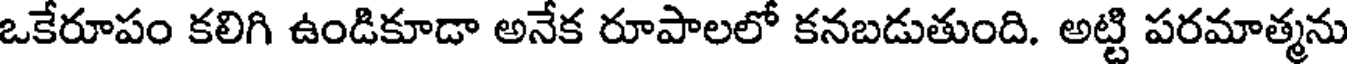
ఒకేరూపం కలిగి ఉండికూడా అనేక రూపాలలో కనబడుతుంది. అట్టి పరమాత్మను